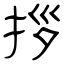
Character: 拶